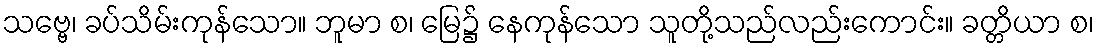
သဗ္ဗေ၊ ခပ်သိမ်းကုန်သော။ ဘူမာ စ၊ မြေ၌ နေကုန်သော သူတို့သည်လည်းကောင်း။ ခတ္တိယာ စ၊